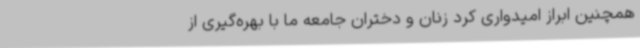
همچنین ابراز امیدواری کرد زنان و دختران جامعه ما با بهره‌گیری از